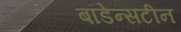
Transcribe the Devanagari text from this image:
बॉडेन्सटीन